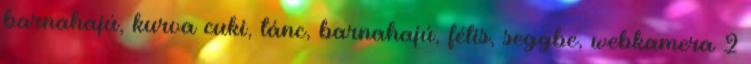
barnahajú, kurva cuki, tánc, barnahajú, fétis, seggbe, webkamera 2